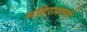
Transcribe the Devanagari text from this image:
मदिरालयी